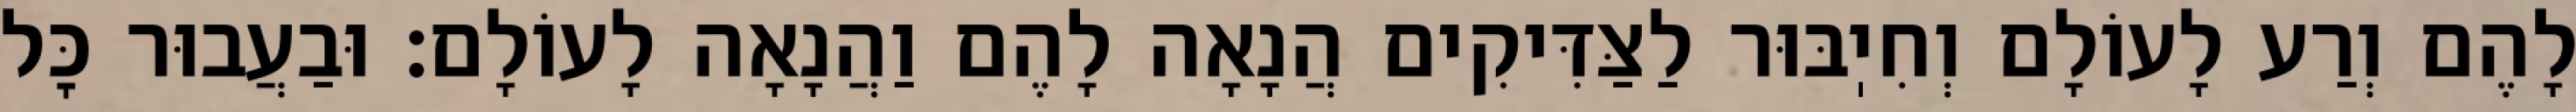
לָהֶם וְרַע לָעוֹלָם וְחִיֽבּוּר לַצַּדִּיקִים הֲנָאָה לָהֶם וַהֲנָאָה לָעוֹלָם: וּבַעֲבוּר כׇּל